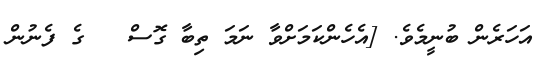
އަހަރެން ބުނީމެވެ. [އެހެންކަމަށްވާ ނަމަ ތިބާ ގޮސް   ގެ ފެނުން